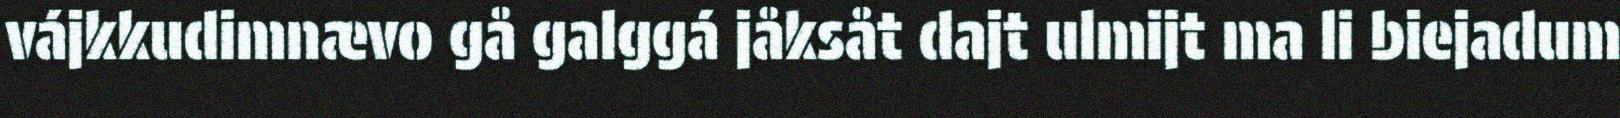
vájkkudimnævo gå galggá jåksåt dajt ulmijt ma li biejadum